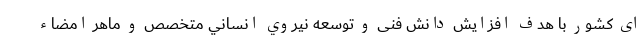
ای کشور با هدف افزایش دانش فنی و توسعه نيروي انساني متخصص و ماهر امضاء